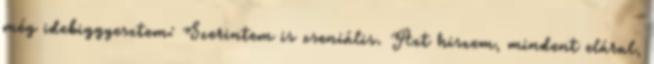
még idebiggyesztem: Szerintem is zseniális. Azt hiszem, mindent elárul,